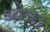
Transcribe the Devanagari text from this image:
श्रोत्र।